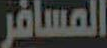
المسافر